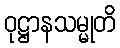
ဝုဋ္ဌာနသမ္မုတိ